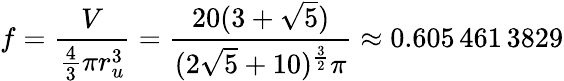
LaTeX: f={\frac{V}{{\frac{4}{3}}\pi r_{u}^{3}}}={\frac{20(3+{\sqrt{5}})}{(2{\sqrt{5}}+10)^{\frac{3}{2}}\pi}}\approx 0.605\, 461\, 3829